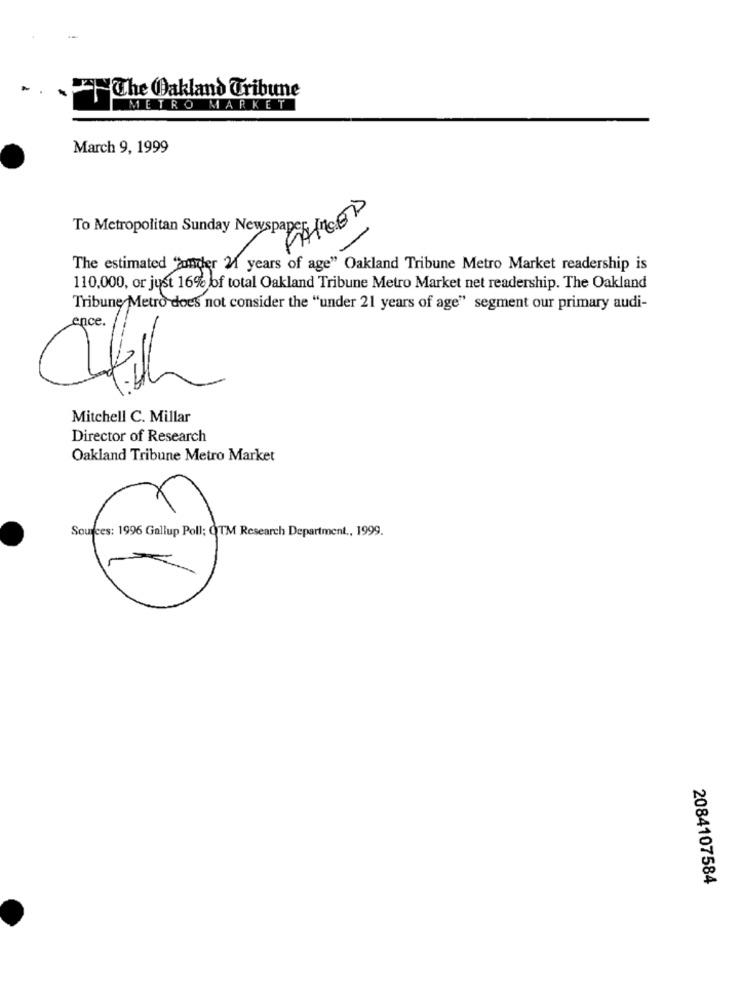
The Oakland Tribune
METRO MARKET
March 9, 1999
To Metropolitan Sunday Newspaper Ince
The estimated "ander 2 years of age" Oakland Tribune Metro Market readership is
110.000, or just 16% of total Oakland Tribune Metro Market net readership. The Oakland
Tribune Metro does not consider the "under 21 years of age" segment our primary audi-
ence.
Mitchell C. Millar
Director of Research
Oakland Tribune Metro Market
2084107584